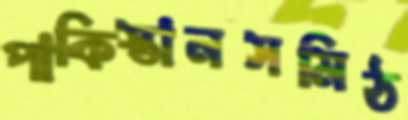
পাকিস্তানসমিঠ